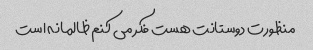
منظورت دوستانت هست فکر می کنم ظالمانه است